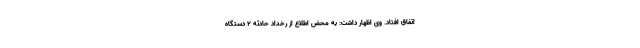
اتفاق افتاد. وی اظهار داشت: به محض اطلاع از رخداد حادثه ۲ دستگاه